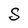
Character: S